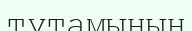
тұтамының